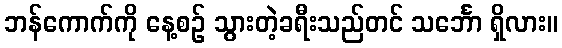
ဘန်ကောက်ကို နေ့စဉ် သွားတဲ့ခရီးသည်တင် သင်္ဘော ရှိလား။